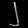
Digit: ၂